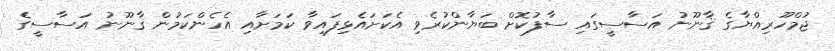
ޖުމްހޫރިއްޔާގެ ޤާނޫނު އަސާސީގައި ސާފުކޮށް ބަޔާންކުރެވި އެކަށައެޅިފައިވާ ކަމަށާއި އެހެންކަމުން ޤާނޫނު އަސާސީގެ